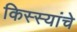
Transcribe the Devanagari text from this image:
किस्स्यांचे